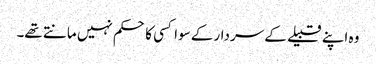
وہ اپنے قبیلے کے سردار کے سوا کسی کا حکم نہیں مانتے تھے۔